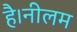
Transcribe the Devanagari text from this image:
है।नीलम